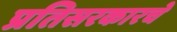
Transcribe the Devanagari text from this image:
प्रतिसरकारचे